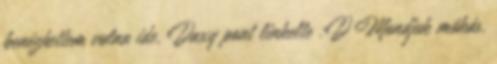
benézhettem volna ide, Daxy pont linkelte :D Mondjuk mókás,